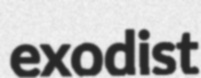
exodist